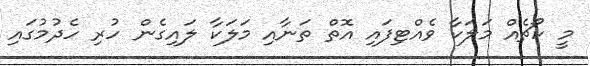
މީ ކޯޗެއް މަލަކާ ވެއްޓިފައި އޮތް ތަނާއި މަލަކާ ލައިގެން ހުރި ހެދުމުގައި